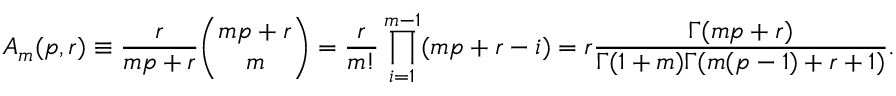
A _ { m } ( p , r ) \equiv { \frac { r } { m p + r } } { \binom { m p + r } { m } } = { \frac { r } { m ! } } \prod _ { i = 1 } ^ { m - 1 } ( m p + r - i ) = r { \frac { \Gamma ( m p + r ) } { \Gamma ( 1 + m ) \Gamma ( m ( p - 1 ) + r + 1 ) } } .